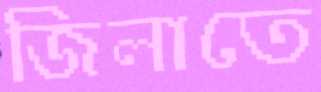
জিলাতে